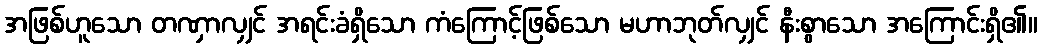
အဖြစ်ဟူသော တဏှာလျှင် အရင်းခံရှိသော ကံကြောင့်ဖြစ်သော မဟာဘုတ်လျှင် နီးစွာသော အကြောင်းရှိ၏။